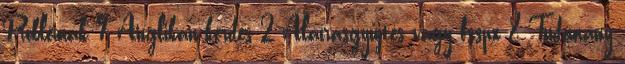
Problémák 9 Anglikán-kérdés 2 Aláírásgyűjtés vagy fsspx 8 Tudomány